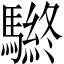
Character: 𲌀